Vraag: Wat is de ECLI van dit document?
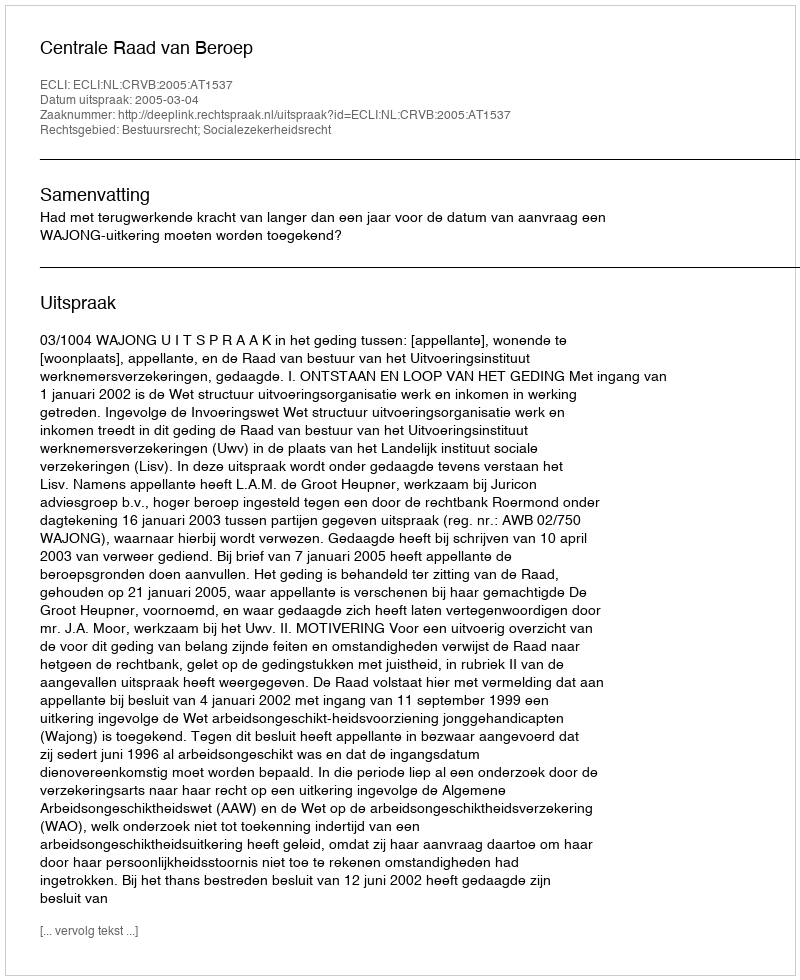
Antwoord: ECLI:NL:CRVB:2005:AT1537